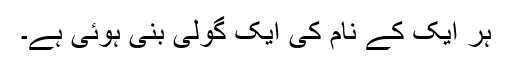
ہر ایک کے نام کی ایک گولی بنی ہوئی ہے۔